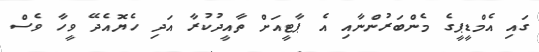
ގައި އެމްޑީޕީގެ މެންބަރުންނާއި އެ ޕާޓީއަށް ތާއީދުކުރާ އަދި ހެޔޮއެދޭ ވީހާ ވެސް